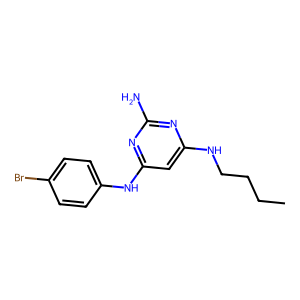
SMILES: CCCCNc1cc(Nc2ccc(Br)cc2)nc(N)n1
Inhibits HIV replication: No